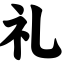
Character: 礼